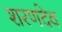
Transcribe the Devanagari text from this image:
शरणदेव